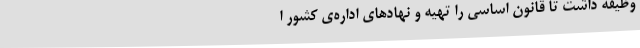
وظیفه‌ داشت‌ تا قانون‌ اساسی‌ را تهیه‌ و نهادهای ‌اداره‌ی‌ کشور ا